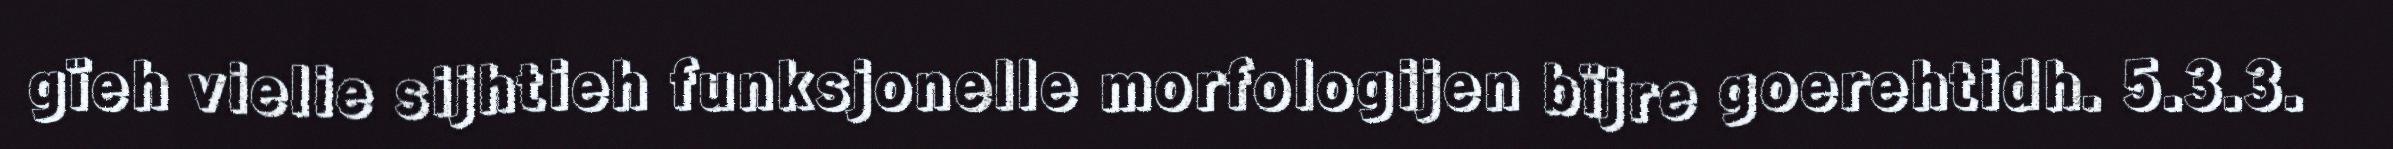
gïeh vielie sijhtieh funksjonelle morfologijen bïjre goerehtidh. 5.3.3.